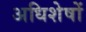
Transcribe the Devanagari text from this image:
अधिशेषों